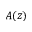
A ( z )